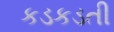
કડકડતી